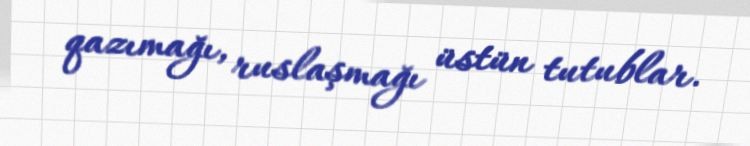
qazımağı, ruslaşmağı üstün tutublar.